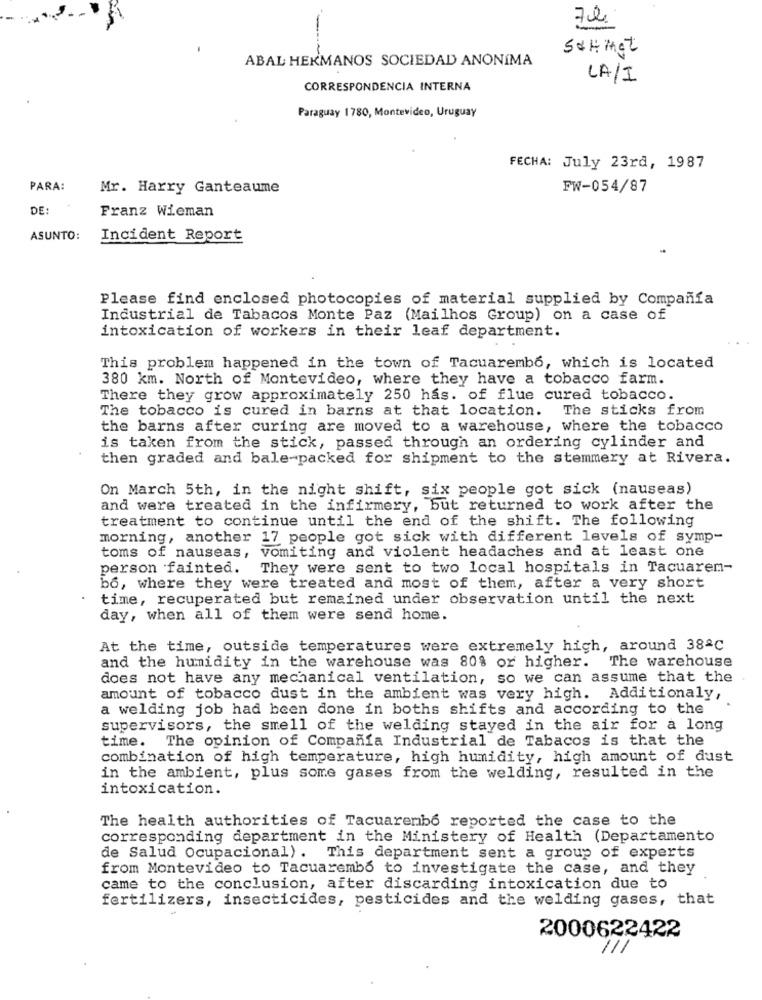
7ch
-
SCHigt
ABAL HERMANOS SOCIEDAD ANONIMA
LA/I
CORRESPONDENCIA INTERNA
Paraguay 1780, Montevideo, Uruguay
FECHA: July 23rd, 1987
PARA:
Mr. Harry Ganteaume
FW-054/87
DE:
Franz Wieman
ASUNTO:
Incident Report
Please find enclosed photocopies of material supplied by Compañía
Industrial de Tabacos Monte Paz (Mailhos Group) on a case of
intoxication of workers in their leaf department.
This problem happened in the town of Tacuarembó, which is located
380 km. North of Montevideo, where they have a tobacco farm.
There they grow approximately 250 has. of flue cured tobacco.
The tobacco is cured in barns at that location.
The sticks from
the barns after curing are moved to a warehouse, where the tobacco
is taken from the stick, passed through an ordering cylinder and
then graded and bale-packed for shipment to the stemmery at Rivera.
On March 5th, in the night shift, six people got sick (nauseas)
and were treated in the infirmery, but returned to work after the
treatment to continue until the end of the shift. The following
morning, another 17 people got sick with different levels of symp-
toms of nauseas, vomiting and violent headaches and at least one
person fainted.
They were sent to two local hospitals in Tacuarem-
bo, where they were treated and most of them, after a very short
time, recuperated but remained under observation until the next
day, when all of them were send home.
At the time, outside temperatures were extremely high, around 38ªC
The warehouse
and the humidity in the warehouse was 80% or higher.
does not have any mechanical ventilation, so we can assume that the
amount of tobacco dust in the ambient was very high. Additionaly,
a welding job had been done in boths shifts and according to the
supervisors, the smell of the welding stayed in the air for a long
time. The opinion of Compañía Industrial de Tabacos is that the
combination of high temperature, high humidity, high amount of dust
in the ambient, plus some gases from the welding, resulted in the
intoxication.
The health authorities of Tacuarembó reported the case to the
corresponding department in the Ministery of Health (Departamento
de Salud Ocupacional). This department sent a group of experts
from Montevideo to Tacuarembó to investigate the case, and they
came to the conclusion, after discarding intoxication due to
fertilizers, insecticides, pesticides and the welding gases, that
2000622422
1/1